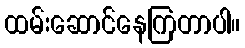
ထမ်းဆောင်နေကြတာပါ။